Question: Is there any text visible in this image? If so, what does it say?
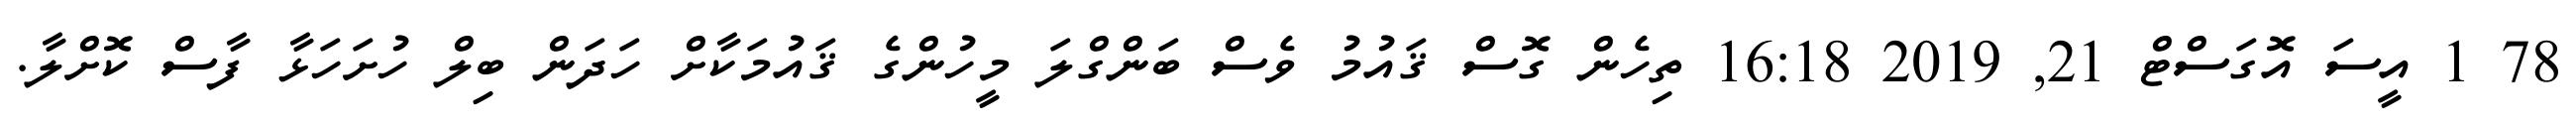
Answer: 78 1 އީސަ އޮގަސްޓް 21, 2019 16:18 ތިހެން ގޮސް ޤައުމު ވެސް ބަންގްލަ މީހުންގެ ޤައުމަކާށް ހަދަން ބިލް ހުށަހަޅާ ފާސް ކޮށްލާ.